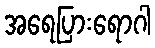
အရေပြားရောဂါ